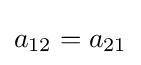
a_{12}=a_{21}